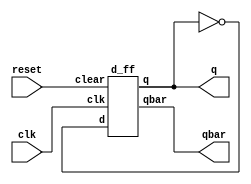
module t_ff(q, qbar, reset, clk);
    input reset, clk;
    output q, qbar;

    d_ff dff(q, qbar, ~q, clk, reset);

endmodule

module d_ff(q, qbar, d, clk, clear);
    input clear, clk, d;
    output q, qbar;
    wire cbar, r, rbar, s, sbar;

    not(cbar, clear);
    nand(sbar, s, rbar);
    nand(s, cbar, ~clk, sbar);
    nand(r, s, ~clk, rbar);
    nand(rbar, r, cbar, d);
    nand(q, s, qbar);
    nand(qbar, q, cbar, r);

endmodule